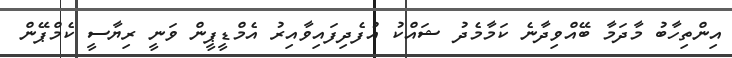
އިންތިހާބު މާދަމާ ބޭއްވިދާނެ ކަމާމެދު ޝައްކު އުފެދިފައިވާއިރު އެމްޑީޕީން ވަނީ ރިޔާސީ ކެމްޕޭން